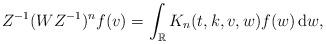
LaTeX: \begin{align*}Z^{-1}(WZ^{-1})^nf(v)=\int_{\mathbb{R}}K_n(t,k,v,w)f(w)\,\mathrm{d}w,\end{align*}